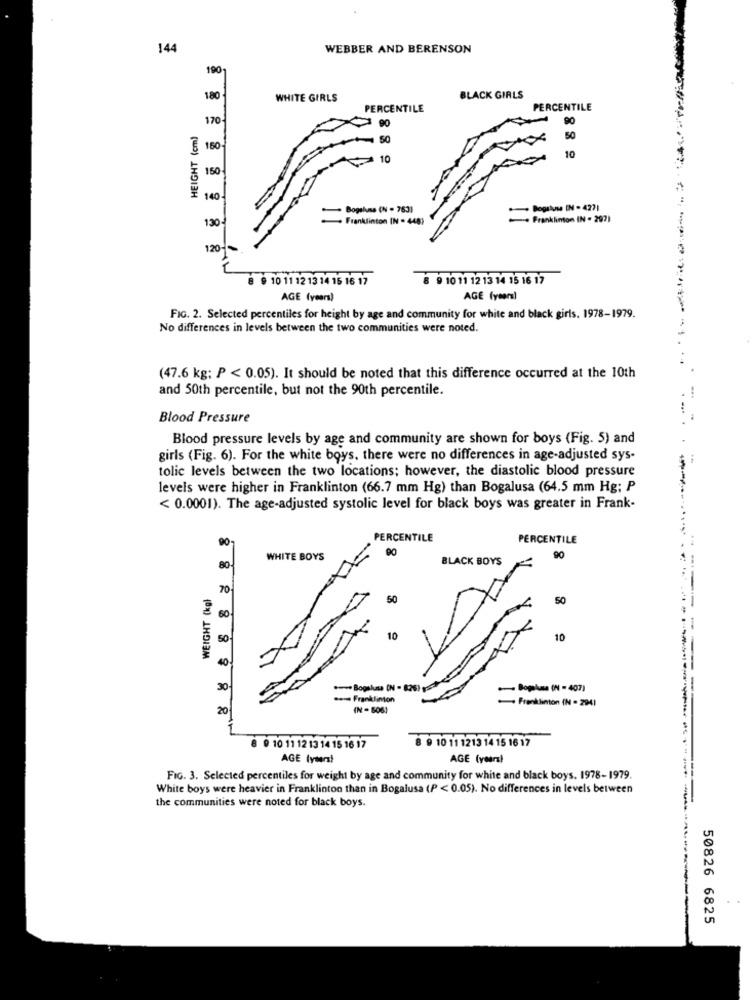
144
WEBBER AND BERENSON
190
180
WHITE GIRLS
BLACK GIRLS
PERCENTILE
PERCENTILE
170-
90
HEIGHT (cm)
90
50
50
$ 150
10
10
150
140
. Bogalusa (N = 763)
Bogslum IN - 427)
130
. Franklinton IN - 448)
+ Franklinton IN . 297)
120-
# 10 11 12 13 14 15 16 17
8 9 10 11 12 13 14 15 16 17
AGE (years)
AGE (years)
FIG. 2. Selected percentiles for height by age and community for white and black girls. 1978-1979.
No differences in levels between the two communities were noted.
(47.6 kg; P < 0.05). It should be noted that this difference occurred at the 10th
and 50th percentile, but not the 90th percentile.
Blood Pressure
Blood pressure levels by age and community are shown for boys (Fig. 5) and
girls (Fig. 6). For the white boys, there were no differences in age-adjusted sys-
tolic levels between the two locations; however, the diastolic blood pressure
levels were higher in Franklinton (66.7 mm Hg) than Bogalusa (64.5 mm Hg; P
< 0.0001). The age-adjusted systolic level for black boys was greater in Frank-
90
PERCENTILE
PERCENTILE
WHITE BOYS
BLACK BOYS
90
80
WEIGHT (kgl
70
50
60
10
10
40
30
.Bogalusa (N - 820)
.- Bogalusa (N = 407)
..- Franklinton
- Franklinton (N = 294)
20
(N - 506)
8 9 10 11 1213 14 15 16 17
8 9 10 11 12 13 14 15 16 17
AGE (ytera)
AGE (years)
FIG. 3. Selected percentiles for weight by age and community for white and black boys. 1978-1979.
White boys were heavier in Franklinton than in Bogalusa (P < 0.05). No differences in levels between
the communities were noted for black boys.
50826 6825